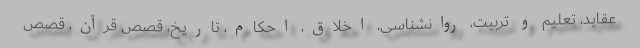
عقاید، تعلیم و تربیت، روانشناسی، اخلاق، احکام، تاریخ، قصص قرآن، قصص